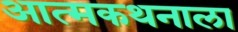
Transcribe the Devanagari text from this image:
आत्मकथनाला